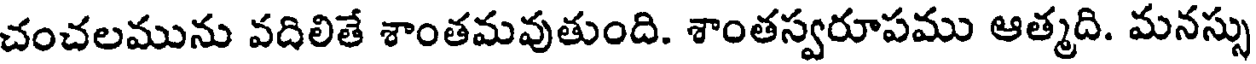
చంచలమును వదిలితే శాంతమవుతుంది. శాంతస్వరూపము ఆత్మది. మనస్సు